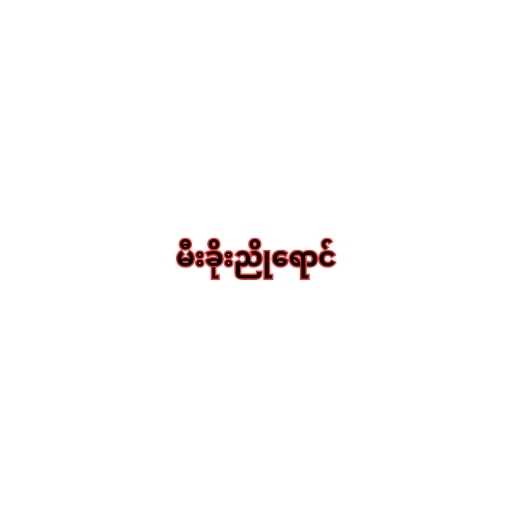
မီးခိုးညိုရောင်